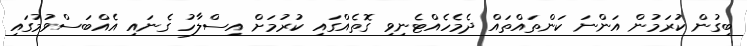
ބިގުން ކުރަމުން އަންނަ ކަންތައްތައް ދެމެހެއްޓެނިވި ގޮތެއްގައި ކުރުމަށް އިސްލާހު ގެނައި އެއްބަސްވުމުގައި